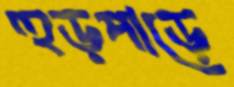
হুড়পাড়ে